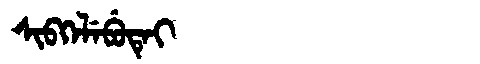
Manchu: ᠰᡳᠪᡴᡝᠯᡝᠪᡠᡨᡝᡳ
Romanization: SIBKELEBUTEI